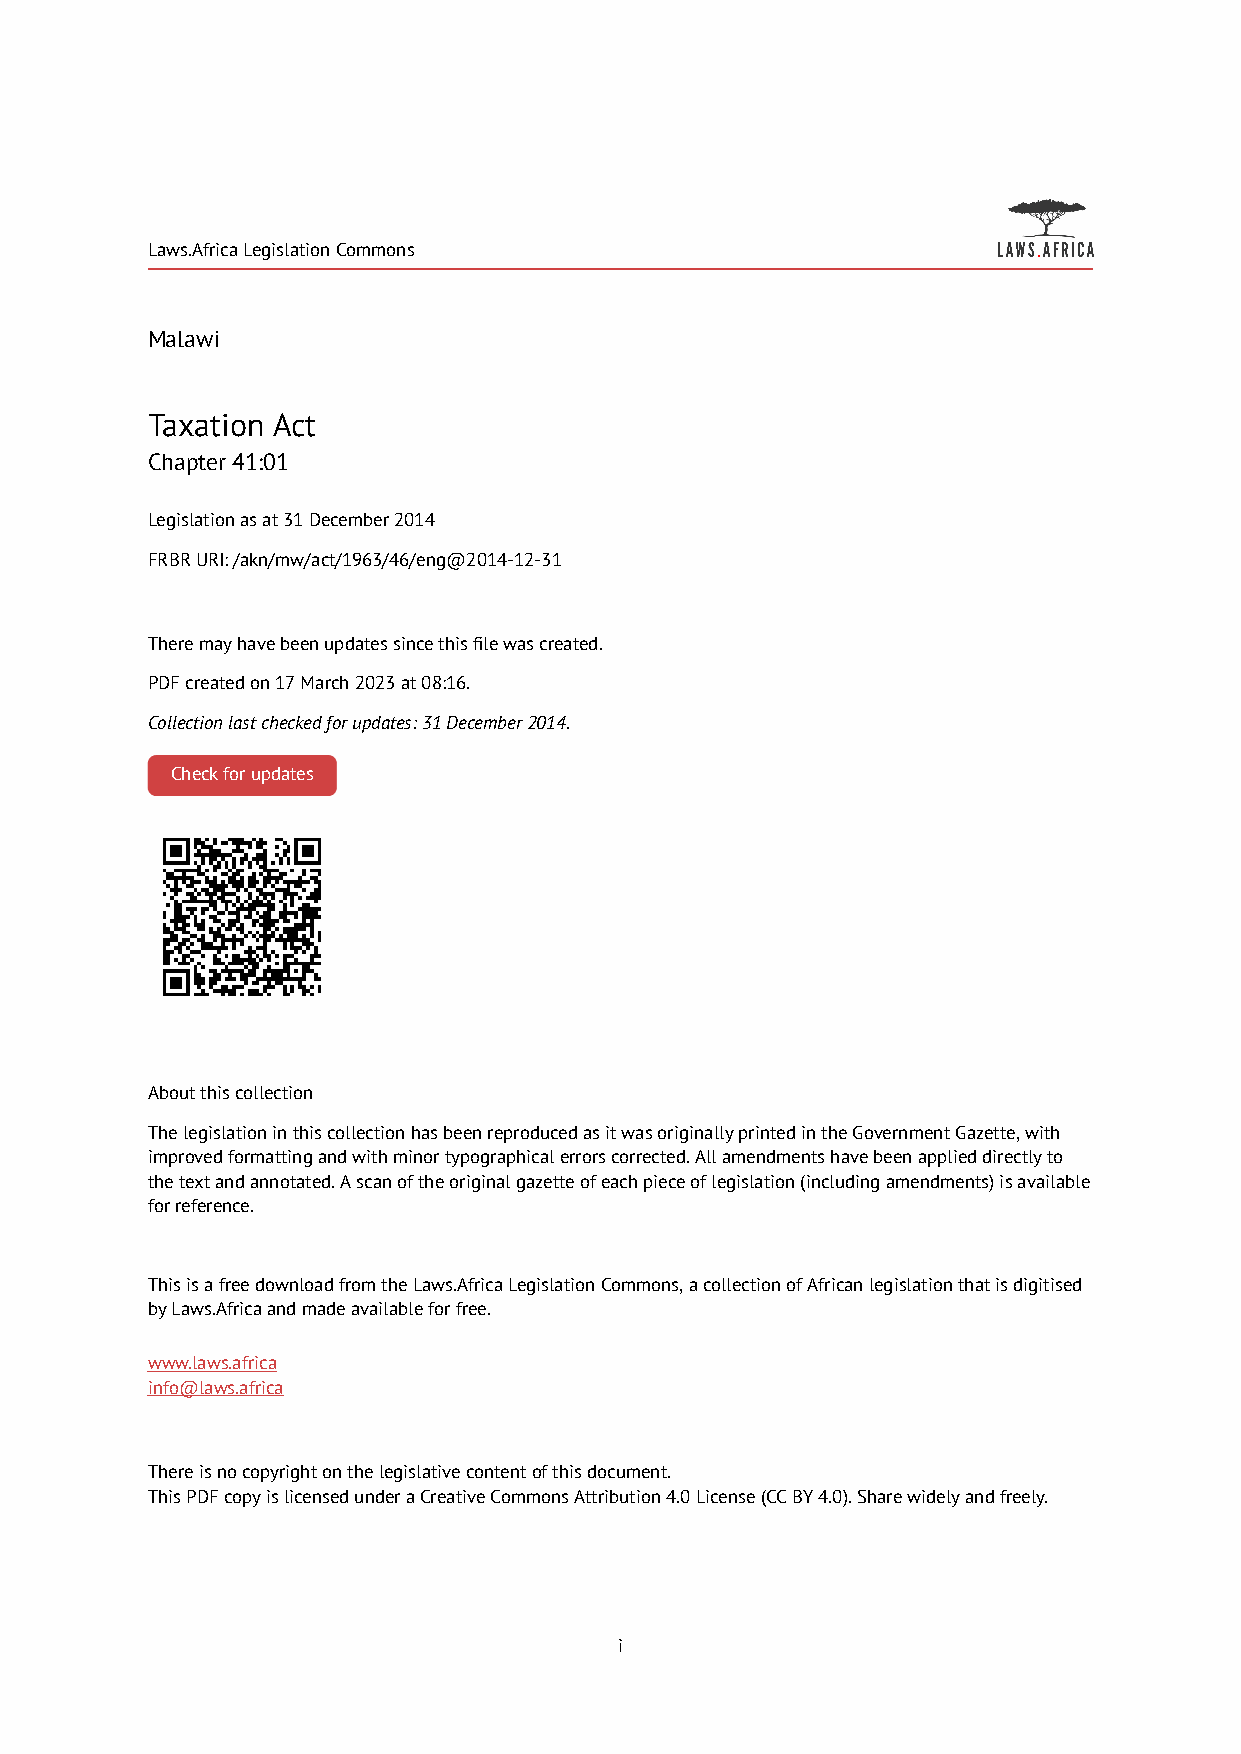
Laws.Africa Legislation Commons
 Malawi
 Taxation Act
 Chapter 41:01
 Legislation as at 31 December 2014
 FRBR URI: /akn/mw/act/1963/46/eng@2014-12-31
 There may have been updates since this file was created.
 PDF created on 17 March 2023 at 08:16.
 Collection last checked for updates: 31 December 2014.
 Check for updates
 About this collection
 The legislation in this collection has been reproduced as it was originally printed in the Government Gazette, with
 improved formatting and with minor typographical errors corrected. All amendments have been applied directly to
 the text and annotated. A scan of the original gazette of each piece of legislation (including amendments) is available
 for reference.
 This is a free download from the Laws.Africa Legislation Commons, a collection of African legislation that is digitised
 by Laws.Africa and made available for free.
 www.laws.africa
 info@laws.africa
 There is no copyright on the legislative content of this document.
 This PDF copy is licensed under a Creative Commons Attribution 4.0 License (CC BY 4.0). Share widely and freely.
 i